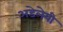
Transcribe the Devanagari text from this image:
अडेलेयी